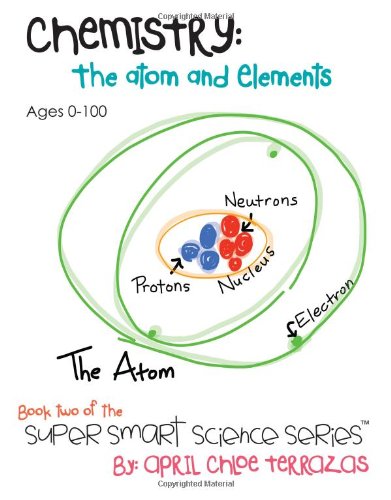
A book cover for Chemistry: The Atom and Elements (Super Smart Science Series); April Chloe Terrazas; Children's Books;